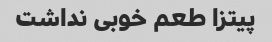
پیتزا طعم خوبی نداشت